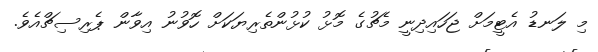
މި ލަނޑު އެޓީމަށް ޖަހައިދިނީ މެޗުގެ މޮޅު ކުޅުންތެރިޔަކަށް ހޮވުނު އިވާން ޕެރިސިޗްއެވެ.